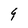
Character: 9